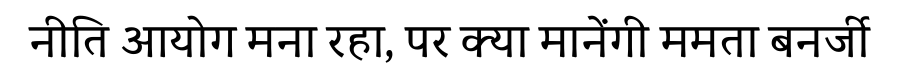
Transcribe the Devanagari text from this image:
नीति आयोग मना रहा, पर क्या मानेंगी ममता बनर्जी